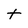
Character: t